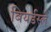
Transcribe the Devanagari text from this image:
बियर्डस्ले